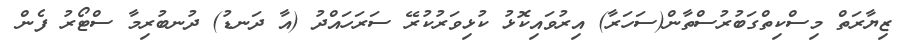
ޒިޔާރަތް މިސްކިތްގަބުރުސްތާން(ސަހަރާ) އިރުވައިކޮޅު ކުޅިވަރުކުރޭ ސަރަހައްދު (އާ ދަނޑު) ދުނބުރިމާ ސްޓޯރު ފެން